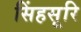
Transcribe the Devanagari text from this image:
सिंहसूरि